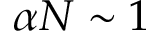
\alpha N \sim 1